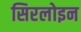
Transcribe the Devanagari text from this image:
सिरलोइन